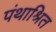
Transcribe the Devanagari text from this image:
पंथाश्रित